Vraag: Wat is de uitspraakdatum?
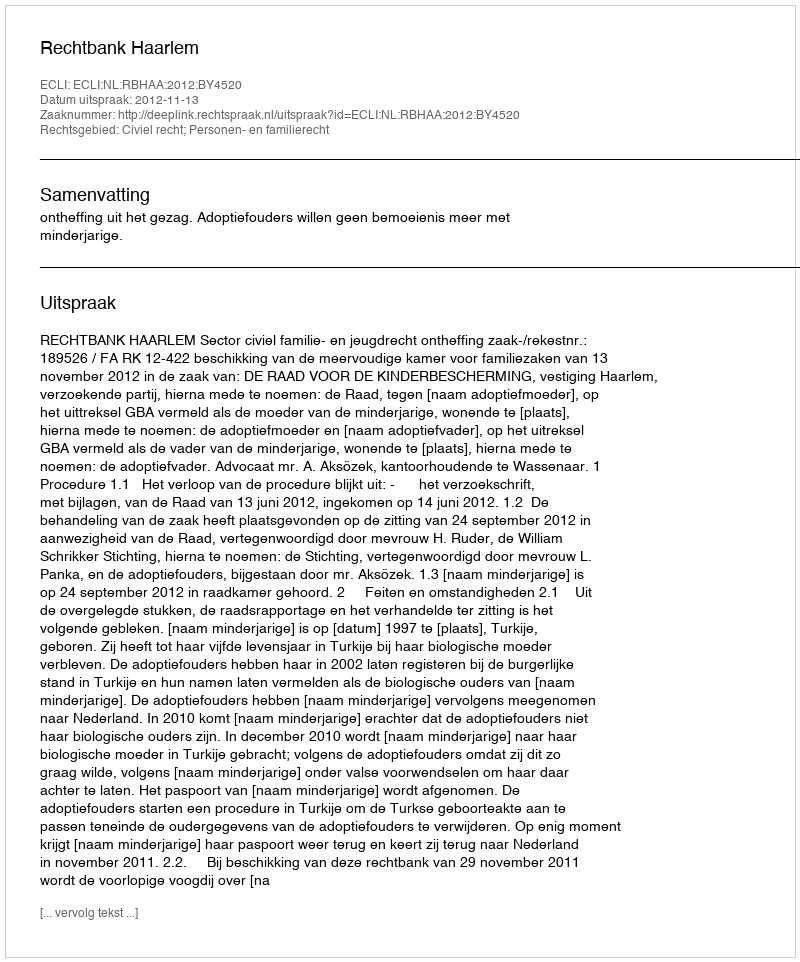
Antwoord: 2012-11-13